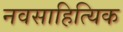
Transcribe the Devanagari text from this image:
नवसाहित्यिक